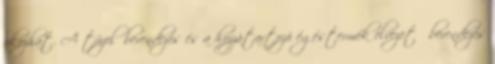
okozhat. A tüzelőberendezés és a hozzátartozó égéstermék elvezető berendezés